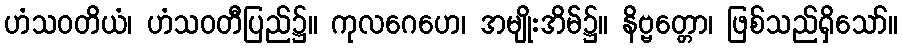
ဟံသဝတိယံ၊ ဟံသဝတီပြည်၌။ ကုလဂေဟေ၊ အမျိုးအိမ်၌။ နိဗ္ဗတ္တော၊ ဖြစ်သည်ရှိသော်။